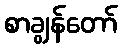
စာချွန်တော်